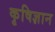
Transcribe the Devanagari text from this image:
कृषिज्ञान